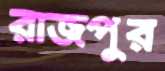
রাজপুর